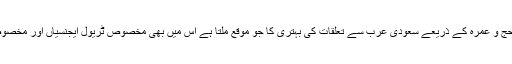
پاکستانی عوام کی ’’ایمانی سیاحت‘‘ حج و عمرہ کے ذریعے سعودی عرب سے تعلقات کی بہتری کا جو موقع ملتا ہے اس میں بھی مخصوص ٹریول ایجنسیاں اور مخصوص افراد مزید تلخی پیدا کردیتے ہیں۔